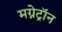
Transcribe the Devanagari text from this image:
मग्नेट्रॉन